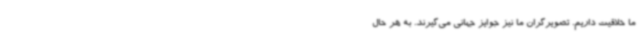
ما خلاقیت داریم. تصویرگران ما نیز جوایز جهانی می‌گیرند. به هر حال